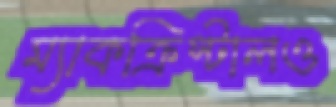
ম্যাকক্রিস্টালও